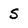
Character: S